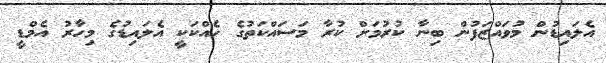
އެލައިޑުން މުވައްޒަފުން ބިނާ ކުރުމަށް ކުރާ މަސައްކަތުގެ ހެއްކަކީ އެލައިޑުގެ މިހާރު އެމްޑީ